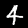
Label: 4